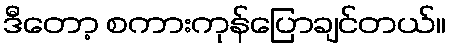
ဒီတော့ စကားကုန်ပြောချင်တယ်။